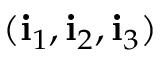
( \mathbf { i } _ { 1 } , \mathbf { i } _ { 2 } , \mathbf { i } _ { 3 } )